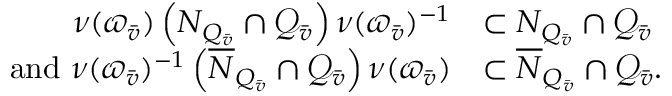
\begin{array} { r l } { \nu ( \varpi _ { \bar { v } } ) \left( N _ { Q _ { \bar { v } } } \cap { \mathcal Q } _ { \bar { v } } \right) \nu ( \varpi _ { \bar { v } } ) ^ { - 1 } } & { \subset N _ { Q _ { \bar { v } } } \cap { \mathcal Q } _ { \bar { v } } } \\ { \mathrm { ~ a n d ~ } \nu ( \varpi _ { \bar { v } } ) ^ { - 1 } \left( \overline { { N } } _ { Q _ { \bar { v } } } \cap { \mathcal Q } _ { \bar { v } } \right) \nu ( \varpi _ { \bar { v } } ) } & { \subset \overline { { N } } _ { Q _ { \bar { v } } } \cap { \mathcal Q } _ { \bar { v } } . } \end{array}